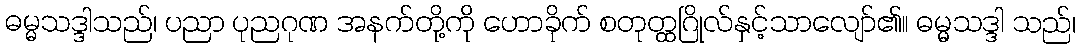
ဓမ္မသဒ္ဒါသည်၊ ပညာ ပုညဂုဏ အနက်တို့ကို ဟောခိုက် စတုတ္ထဂြိုလ်နှင့်သာလျော်၏။ ဓမ္မသဒ္ဒါ သည်၊